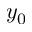
y _ { 0 }